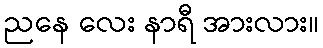
ညနေ လေး နာရီ အားလား။